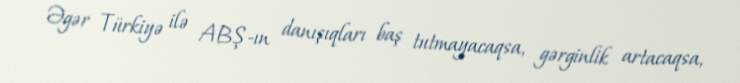
Əgər Türkiyə ilə ABŞ-ın danışıqları baş tutmayacaqsa, gərginlik artacaqsa,